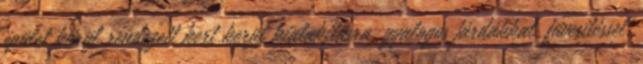
épület körül rendezett kert kerül kialakításra, gyalogos járdákkal, füvesítéssel.